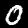
Label: 0